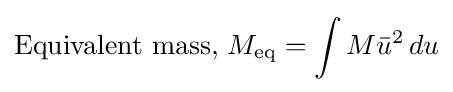
{\text{Equivalent mass, }}M_{\text{eq}}=\int M{\bar {u}}^{2}\,du